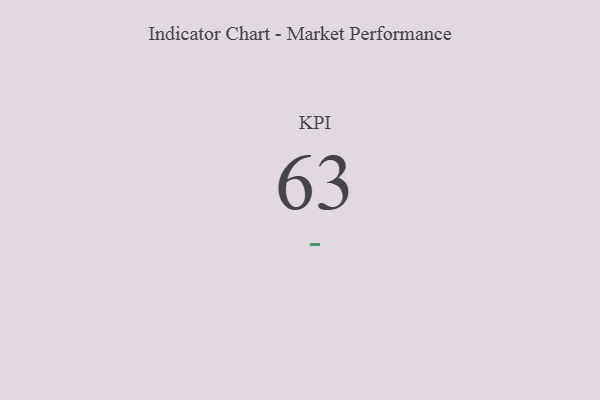
{"axis": {"x": "KPI", "y": "Value"}, "legend": [""], "data": [{"x": "KPI", "y": 63, "type": ""}]}